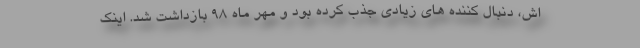
اش، دنبال کننده های زیادی جذب کرده بود و مهر ماه 98 بازداشت شد. اینک